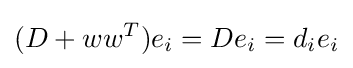
(D+ww^{T})e_{i}=De_{i}=d_{i}e_{i}